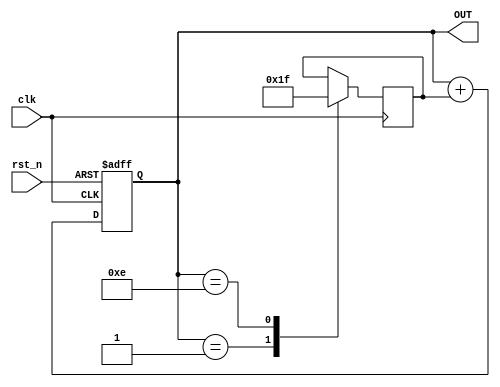
module register26(
input clk, 
rst_n, 
output reg [3:0]OUT
);
        reg [3:0] d = 1; //

        always @(posedge clk, negedge rst_n) 
        begin
                if(!rst_n) begin
                        OUT <=0;
                end else 
                begin
                        OUT <= OUT + d;
                end

        end
        always @(posedge clk) begin
                case(OUT)
                        1: d <= 1;
                        14: d <= 15;
                endcase
        end
endmodule